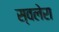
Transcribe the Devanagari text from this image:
स्वलेरा